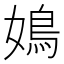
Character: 𡡅